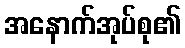
အနောက်အုပ်စု၏